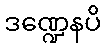
ဒဏ္ဍေနပိ